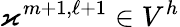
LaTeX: \varkappa^{m+1,\ell+1}\in V^{h}